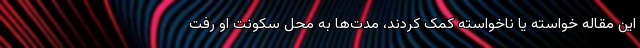
این مقاله خواسته یا ناخواسته کمک کردند، مدت‌ها به محل سکونت او رفت